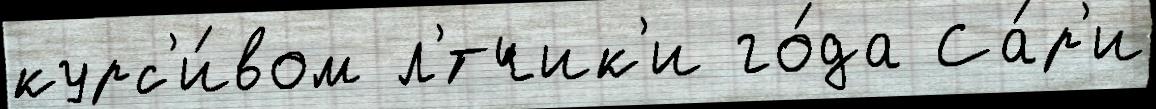
курс'и́вом л'́тчик'и го́да Са́р'и